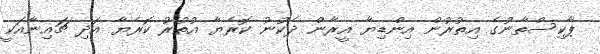
ޕާކިސްތާނުގެ އިތުރުން އިންޑިޔާ އީރާން ދެކުނު ކޮރެޔާ އުތުރު ކޮރެޔާ އަދި ޗައިނާއަކީ